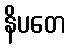
နိပတေ